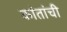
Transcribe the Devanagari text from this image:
कांतांची